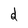
Character: d